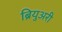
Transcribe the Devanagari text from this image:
ब्रियुअरी